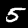
Digit: 5